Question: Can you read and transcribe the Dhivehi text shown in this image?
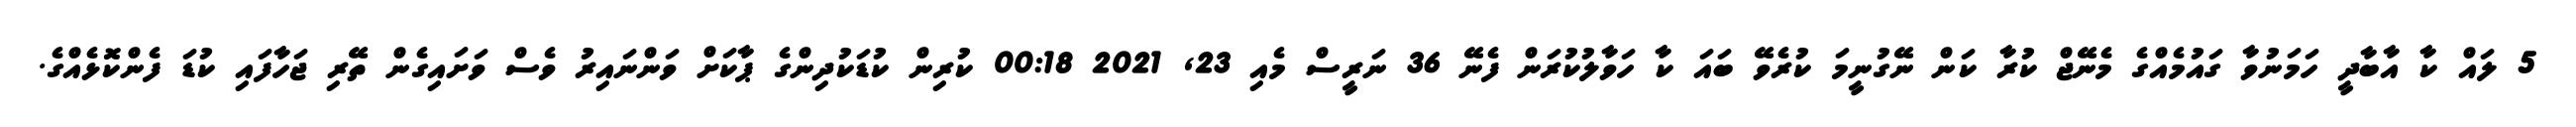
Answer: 5 ލައް ކާ އާބާދީ ހަމަނުވާ ގައުމެއްގެ މެނޭޖް ކުރާ ކަން ނޭގުނީމަ ކުރެވޭ ބައަ ކާ ހަވާލުކުރަން ފެނޭ 36 ނަރީސް މެއި 23, 2021 00:18 ކުރިން ކުޑަކުދިންގެ ޕާކަށް ވަންނައިރު ވެސް ވަށައިގެން ތޭރި ޖަހާފައި ކުޑަ ފެންކޮޅެއްގެ.